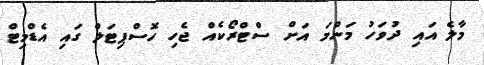
މާލެ އައި ދުވަހު މަންމަ އަށް ސްޓްރޯކެއް ޖެހި ހޮސްޕިޓަލް ގައި އެޑްމިޓް